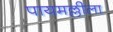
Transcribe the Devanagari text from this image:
पायमल्लीला